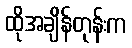
ထိုအချိန်တုန်းက